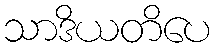
သာဒိယတိပေ